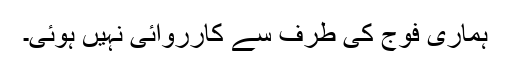
ہماری فوج کی طرف سے کارروائی نہیں ہوئی۔